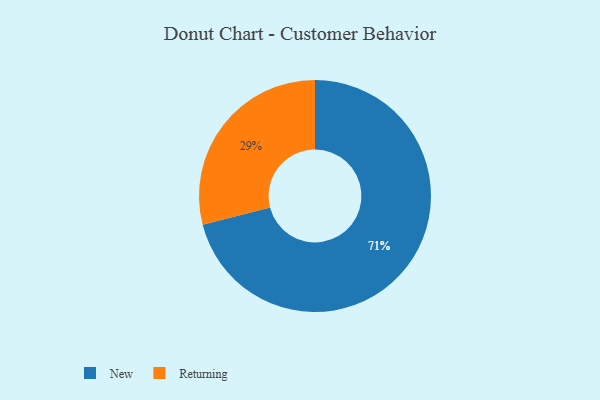
{"axis": {"x": "Category", "y": "Percentage"}, "legend": ["New", "Returning"], "data": [{"x": "Returning", "y": 29, "type": "Returning"}, {"x": "New", "y": 71, "type": "New"}]}